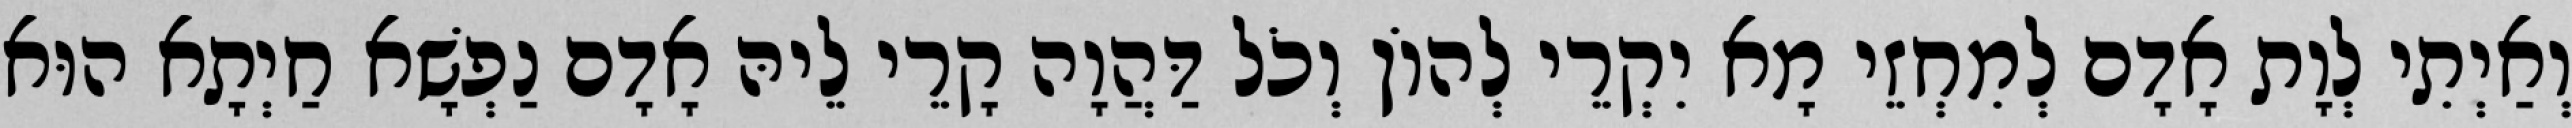
וְאַיְתִי לְוָת אָדָם לְמִחְזֵי מָא יִקְרֵי לְהוֹן וְכֹל דַּהֲוָה קָרֵי לֵיהּ אָדָם נַפְשָׁא חַיְתָא הוּא